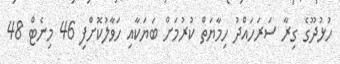
ހުޅުދޫގެ ގިރާ ސަރަހައްދު ހިމާޔަތް ކުރުމަށް ބަޔަކާއި ހަވާލުކޮށްފި 46 މިނެޓް 48